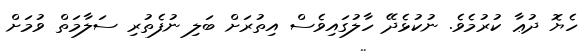
ހެޔޮ ދުޢާ ކުރުމެވެ. ނުކުޅެދޭ ހާލުގައިވެސް އިތުރަށް ބަލި ނުފެތުރި ސަލާމަތް ވުމަށް